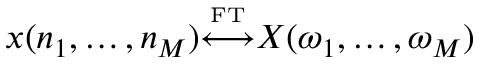
x ( n _ { 1 } , \ldots , n _ { M } ) { \overset { \underset { \mathrm { F T } } { } } { \longleftrightarrow } } X ( \omega _ { 1 } , \ldots , \omega _ { M } )